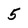
Character: 5